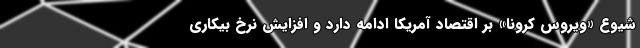
شیوع «ویروس کرونا» بر اقتصاد آمریکا ادامه دارد و افزایش نرخ بیکاری